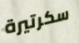
سكرتيرة